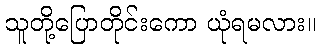
သူတို့ပြောတိုင်းကော ယုံရမလား။